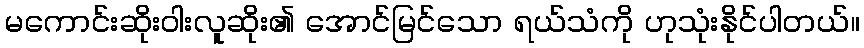
မကောင်းဆိုးဝါးလူဆိုး၏ အောင်မြင်သော ရယ်သံကို ဟုသုံးနိုင်ပါတယ်။